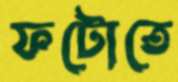
ফটোতে